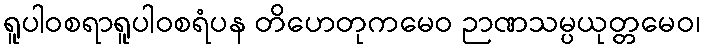
ရူပါဝစရာရူပါဝစရံပန တိဟေတုကမေဝ ဉာဏသမ္ပယုတ္တမေဝ၊